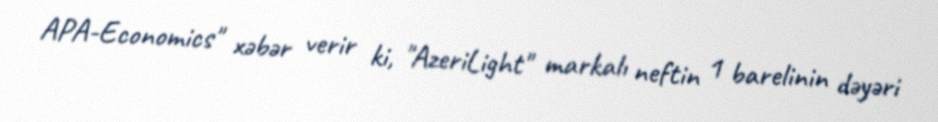
APA-Economics" xəbər verir ki, "AzeriLight" markalı neftin 1 barelinin dəyəri